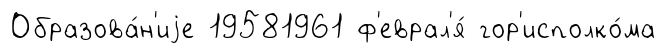
Образова́н'иjе 19581961 ф'еврал'я́ гор'исполко́ма